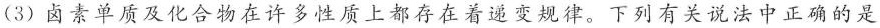
(3)卤素单质及化合物在许多性质上都存在着递变规律。下列有关说法中正确的是